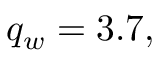
q _ { w } = 3 . 7 ,